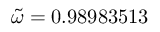
\tilde { \omega } = 0 . 9 8 9 8 3 5 1 3